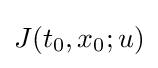
J(t_{0},x_{0};u)